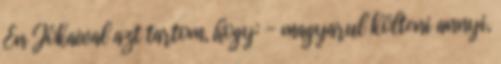
Én Jókaival azt tartom, hogy: - magyarul költeni annyi,